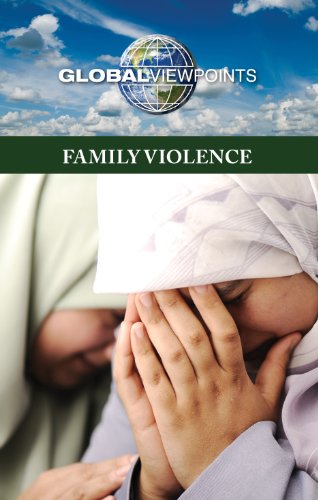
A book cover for Family Violence (Global Viewpoints); Diane Andrews Henningfeld; Teen & Young Adult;